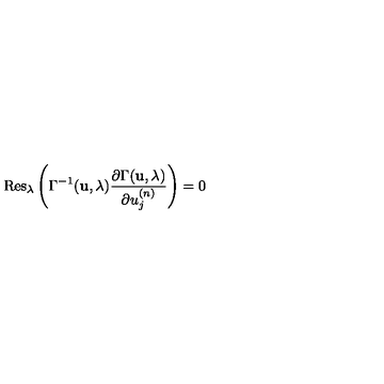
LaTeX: \mathrm { R e s } _ { \lambda } \left( \Gamma ^ { - 1 } ( { \bf u } , \lambda ) \frac { \partial \Gamma ( { \bf u } , \lambda ) } { \partial u _ { j } ^ { ( n ) } } \right) = 0